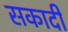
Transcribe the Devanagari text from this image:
सकादी